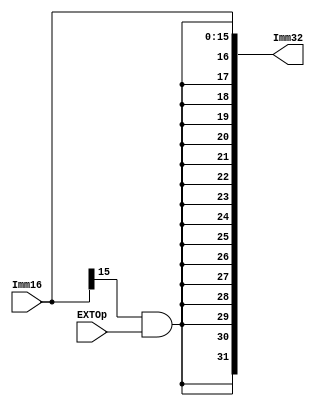
module CPU_Extender(Imm16,EXTOp,Imm32);
  input[15:0] Imm16;
  input EXTOp;
  output[31:0] Imm32;
  assign Imm32={{16{Imm16[15]&EXTOp}},Imm16};
endmodule